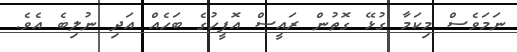
ނަމަވެސް މިކަމާ ގުޅޭ ގޮތުން ރައީސް އޮފީހުގެ ބަހެއް އަދި ނުލިބެ އެވެ.